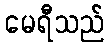
မေရီသည်